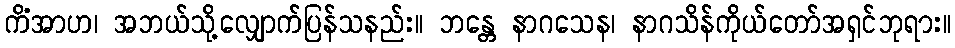
ကိံအာဟ၊ အဘယ်သို့လျှောက်ပြန်သနည်း။ ဘန္တေ နာဂသေန၊ နာဂသိန်ကိုယ်တော်အရှင်ဘုရား။